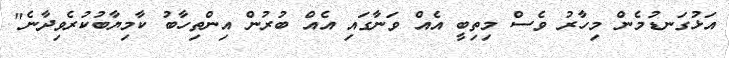
އަޅުގަނޑުމެން މިހާރު ވެސް މިތިބީ އެއް ވަނާގައި އެއް ބުރުން އިންތިހާބު ކާމިޔާބުކުރެވިދާނެ"